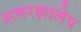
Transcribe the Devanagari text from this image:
शवरक्षालेप